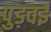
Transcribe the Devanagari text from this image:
पुड़वई